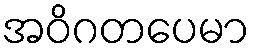
အဝိဂတပေမာ